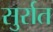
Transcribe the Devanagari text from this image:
सुर्रात